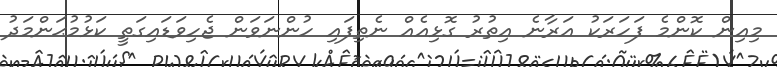
މިއިން ކޮންމެ ފަހަރަކު އަރާނެ އިތުރު ގޮޅިއެއް ނެތިފައި ހުންނަވަން ޖެހިވަޑައިގަތީ ކަޅުމުޙަންމަދު